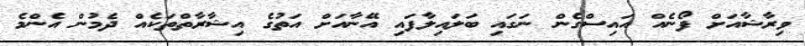
ވިރާޝާއަށް ފޯނެއް އައިސްގެން ނަގައި ބަލައިލާފައި އޭނާއަށް އަތުގެ އިޝާރާތްތަކެއް ދެމުން އެންމެ